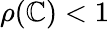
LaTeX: \rho(\mathbb{C})<1